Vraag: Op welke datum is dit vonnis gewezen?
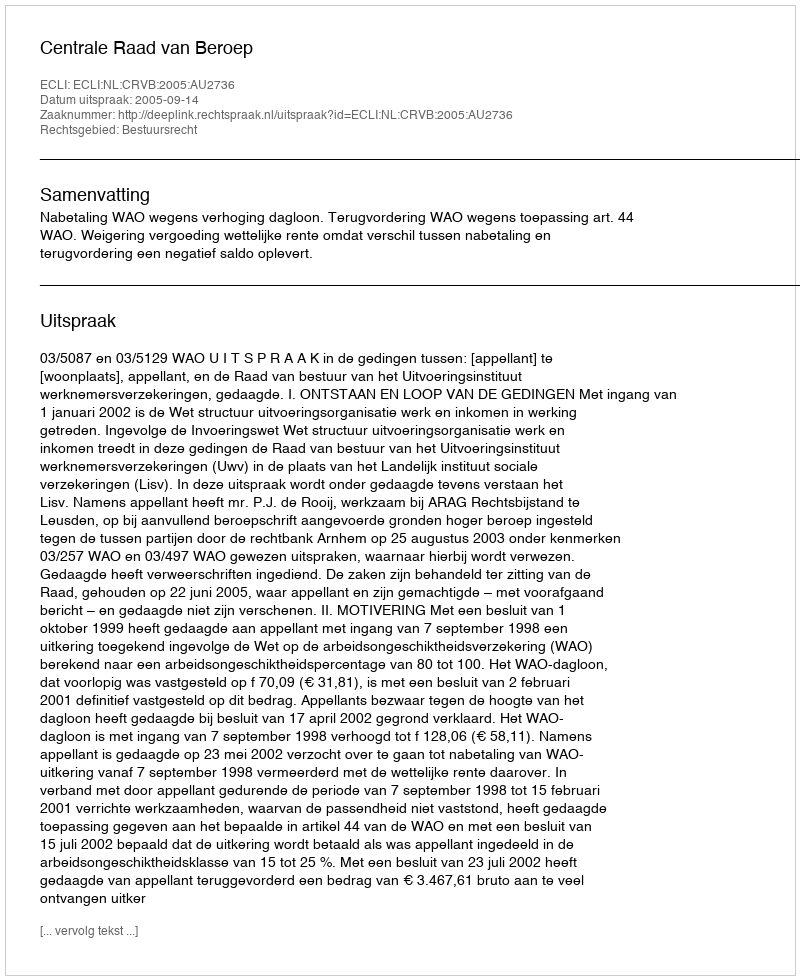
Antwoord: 2005-09-14